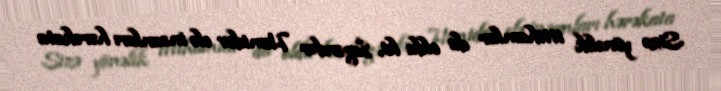
Sizə yönəlik ittihamlar da oldu ki, İsgəndər Həmidov elə insanları hərəkata